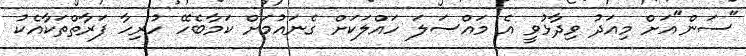
"ސަން"އަށް މިއަދު ވިދާޅުވީ އެ މައްސަލަ ހައްލަކަށް ގެނައުމަށް ކަމާބެހޭ ހުރިހާ ފަރާތްތަކާއެކު